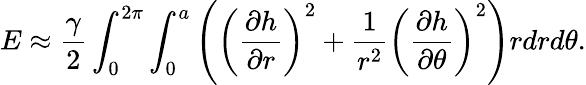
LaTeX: E\approx\frac{\gamma}{2}\int_{0}^{2\pi}\int_{0}^{a}\left(\left(\frac{\partial h}{\partial r}\right)^{2}+\frac{1}{r^{2}}\left(\frac{\partial h}{\partial\theta}\right)^{2}\right)rdrd\theta.